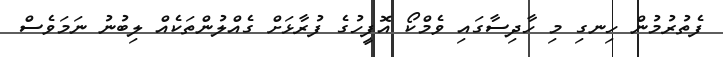
ފެތުރުމުން ހިނގި މި ހާދިސާގައި ވެމްކޯ އޮފީހުގެ ފުރާޅަށް ގެއްލުންތަކެއް ލިބުނު ނަމަވެސް